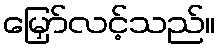
မြှော်လင့်သည်။